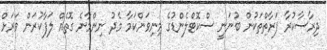
ދިރާސާކުރާ ފަރާތްތަކުން ބުނަނީ ސްކޮޓްލެންޑުގެ މިނިވަންކަމާ މެދު ނިންމާނެ ގޮތެއް ލަފާކުރަން ވަރަށް